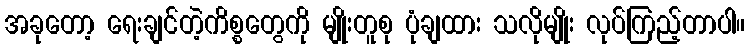
အခုတော့ ရေးချင်တဲ့ကိစ္စတွေကို မျိုးတူစု ပုံချထား သလိုမျိုး လုပ်ကြည့်တာပါ။